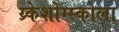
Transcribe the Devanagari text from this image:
य्र्केशोग्स्कोला